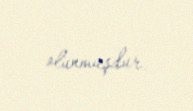
olunmuşdur.